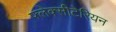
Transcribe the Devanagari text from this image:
फ्लेक्सीटेरियन